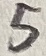
Text: 5